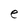
Character: e